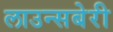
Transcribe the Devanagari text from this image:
लाउन्सबेरी